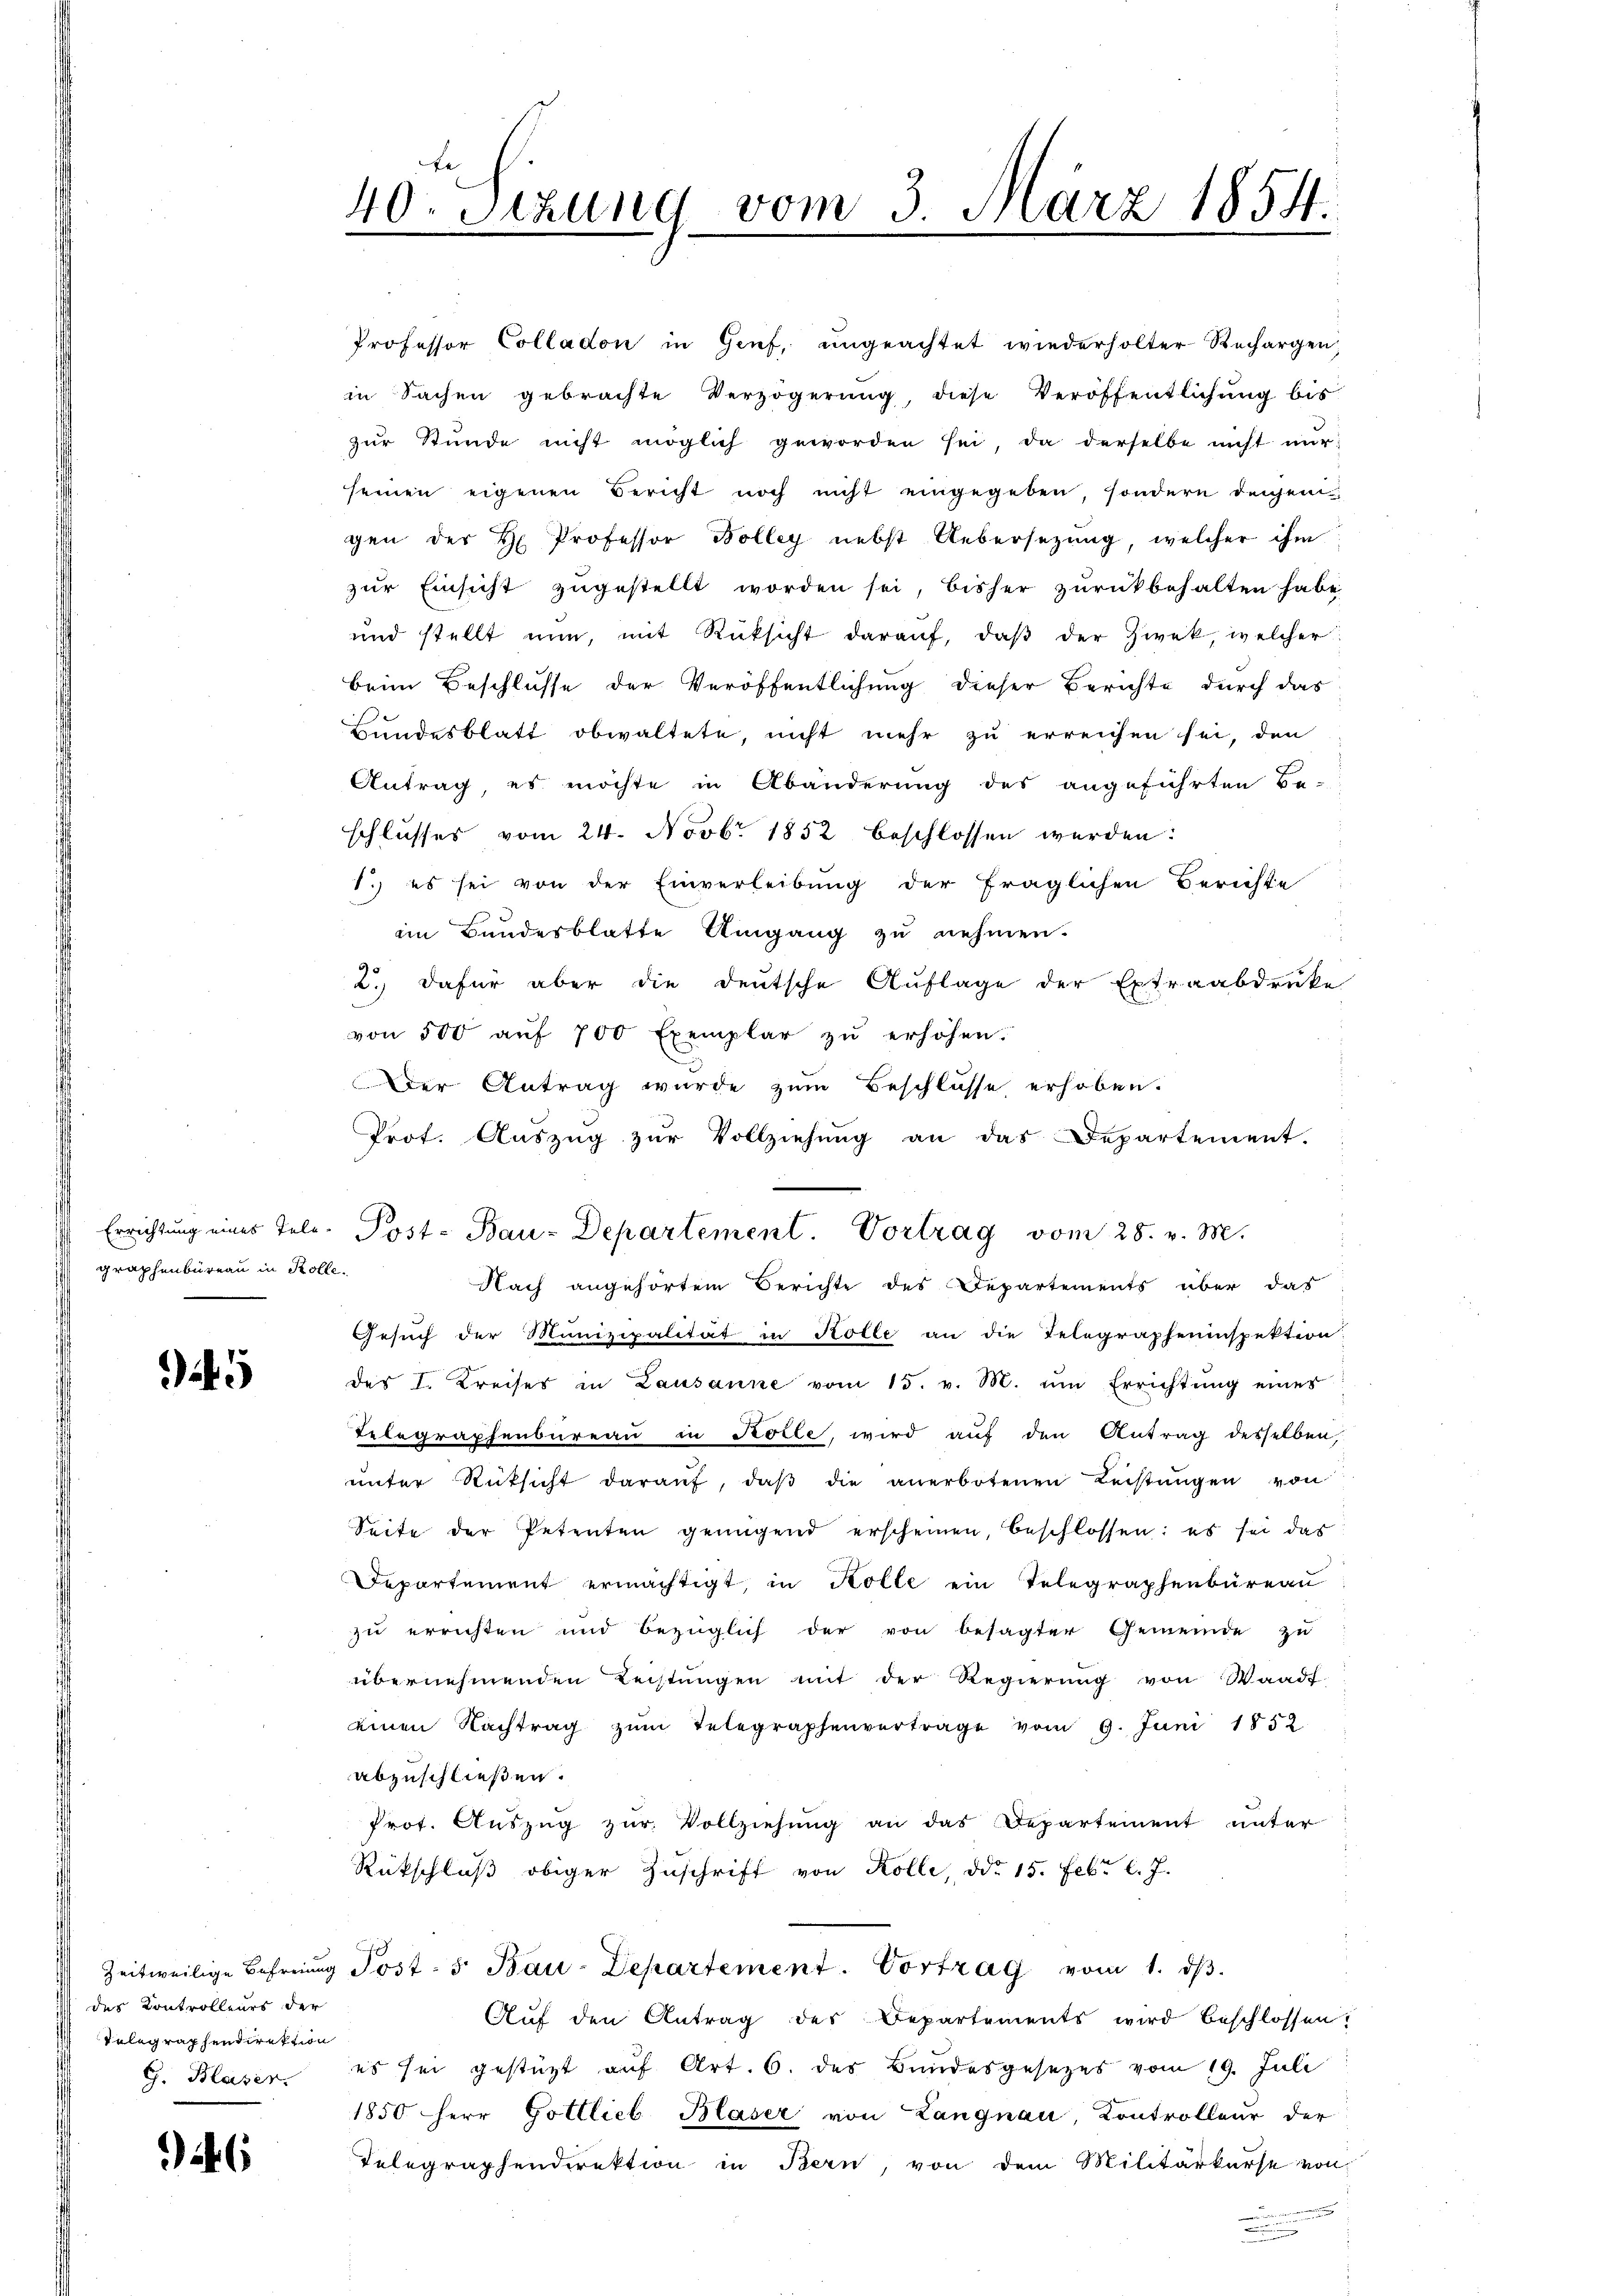
graphenbüreau in Rolle.

des Kontrolleurs der
Telegraphendirektion
G. Blaser

6

40 Sizung vom 3. März 1854.
.

Professor Colladon in Genf, eingeachtet wiederholter Rechargen,
in Sachen gebrachte Verzögerung, diese Veröffentlichung bis
zŭr Stunde nicht möglich geworden sei, da derselbe nicht nur
seinen eigenen Bericht noch nicht eingegeben, sondern denjenigen der H Professor Bolleg nebst Uebersezung, welcher ihm
zur Einsicht zugestellt worden sei, bisher zurückbehalten habe
und stellt nun, mit Rüksicht daraŭf, daβ der Zwek, welcher:
beim Beschlusse der Veröffentlichung dieser Berichte durch das
Bundesblatt obwaltete, nicht mehr zu erreichen sei, den
Antrag, es möchte in Abänderung des angeführten Be-
schlusses vom 24. Novbr. 1852 beschlossen werden:
1.) es sei von der Einverleibung der fraglichen Berichte
im Bundesblatte Umgang zu nehmen.
2.) dafür aber die deutsche Auflage der Extraabdruke
von 500 aŭf 700 Exemplar zŭ erhöhen.
Der Antrag wurde zum Beschlüsse, erhoben.
Prot. Aŭszŭg zŭr Vollziehŭng an das Departement.
Errichtung eines Tele-Post- Bau-Departement. Vortrag vom 28. v. M.
Nach angehörtem Berichte des Departements über das
Gesuch der Munizipalität in Kolle an die Telegrapheninspektion
des I. Kreises in Lausanne vom 15. v. M. um Errichtŭng einer
Telegraphenbureau in Kolle, wird auf den Antrag desselben,
ŭnter Rüksicht daraŭf, daβ die anerbotenen Leistŭngen von
Seite der Petenten genügend erscheinen, beschlossen: es sei das
Departement ermächtigt, in Kolle ein Telegraphenbüreau
zu errichten und bezüglich der von besagter Gemeinde zu
übernehmenden Leistungen mit der Regierung von Waadt.
einen Nachtrag zŭm Telegraphenvertrage vom 9. Juni 1852.
abzuschließen.
Prot. Auszug zur Vollziehung an das Departement unter
Rückschluß obiger Zuschrift von Kolle, ddo 15. Febr. l. J.
Zeitweilige Befreiung Post- 5. Bau-Departement. Vortrag vom 1. dβ.
Auf den Antrag des Departements wird beschlossen:
es sei gestüzt aŭf Art. 6. des Bundesgesetzes vom 19. Juli
1850 herr Gottlieb Blaser von Langnau, Kontrolleur der
Telegraphendirektion in Bern, von dem Militärkurse von
n